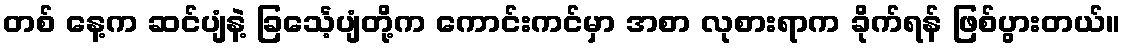
တစ် နေ့က ဆင်ပျံနဲ့ ခြင်္သေ့ပျံတို့က ကောင်းကင်မှာ အစာ လုစားရာက ခိုက်ရန် ဖြစ်ပွားတယ်။